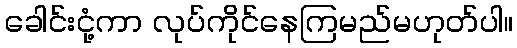
ခေါင်းငုံ့ကာ လုပ်ကိုင်နေကြမည်မဟုတ်ပါ။